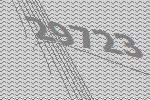
29723